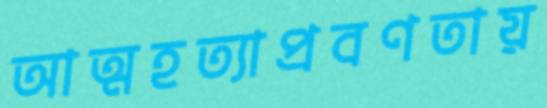
আত্মহত্যাপ্রবণতায়